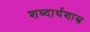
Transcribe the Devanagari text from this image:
शब्दार्थशास्त्र